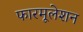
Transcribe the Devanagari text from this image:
फारमूलेशन